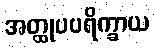
အတ္ထုပပရိက္ခာယ